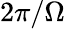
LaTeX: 2\pi/\Omega